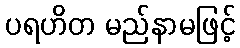
ပရဟိတ မည်နာမဖြင့်